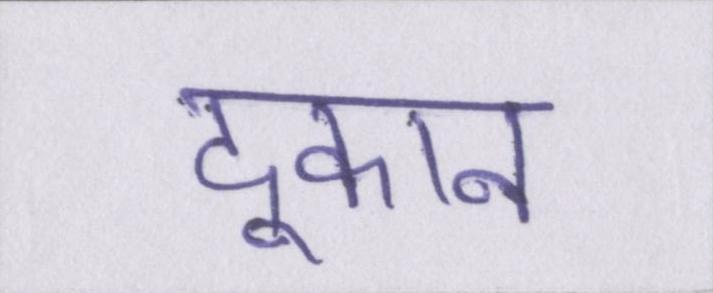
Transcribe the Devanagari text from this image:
दूकान